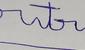
Signature authenticity: forged